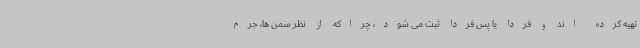
تهیه کرده اند و فردا یا پس فردا ثبت می شود، چراکه از نظر سمن ها، جرم